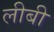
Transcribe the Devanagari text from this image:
लीबी